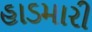
હાડમારી